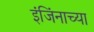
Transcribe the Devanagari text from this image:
इंजिंनाच्या